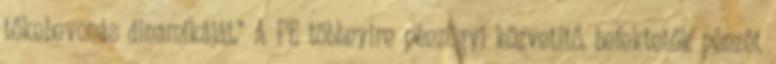
tőkebevonás dinamikáját." A PE többnyire pénzügyi közvetítő, befektetők pénzét